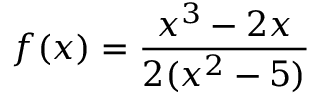
f ( x ) = { \frac { x ^ { 3 } - 2 x } { 2 ( x ^ { 2 } - 5 ) } }